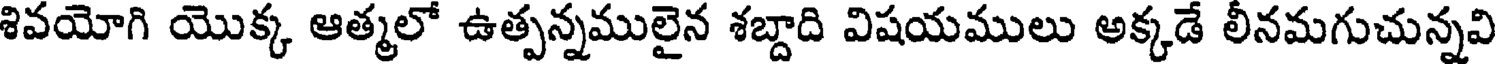
శివయోగి యొక్క ఆత్మలో ఉత్పన్నములైన శబ్దాది విషయములు అక్కడే లీనమగుచున్నవి